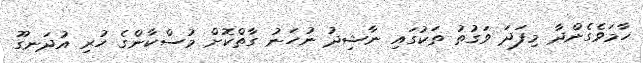
ހާމަވެގެންދާ މިފަދަ ވަގުތު ތަކުގައި ނާޝިދު ނުހަނު ގާތްކޮށް މުސްކާންގެ ހުރި އުދަނގޫ